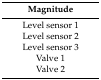
| Magnitude |
 | --- |
 | Level sensor 1 |
 | Level sensor 2 |
 | Level sensor 3 |
 | Valve 1 |
 | Valve 2 |